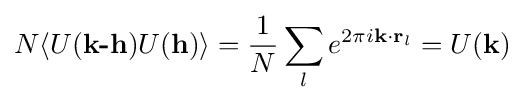
N\langle U({\textbf {k-h}})U({\textbf {h}})\rangle ={\frac {1}{N}}\sum _{l}e^{2\pi i{\textbf {k}}\cdot {\textbf {r}}_{l}}=U({\textbf {k}})